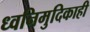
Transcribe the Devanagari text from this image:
ध्वनिमुदिकाही